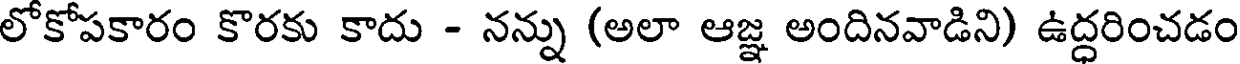
లోకోపకారం కొరకు కాదు - నన్ను (అలా ఆజ్ఞ అందినవాడిని) ఉద్ధరించడం